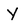
Character: y